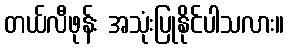
တယ်လီဖုန်း အသုံးပြုနိုင်ပါသလား။